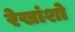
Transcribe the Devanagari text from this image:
रेखांशो